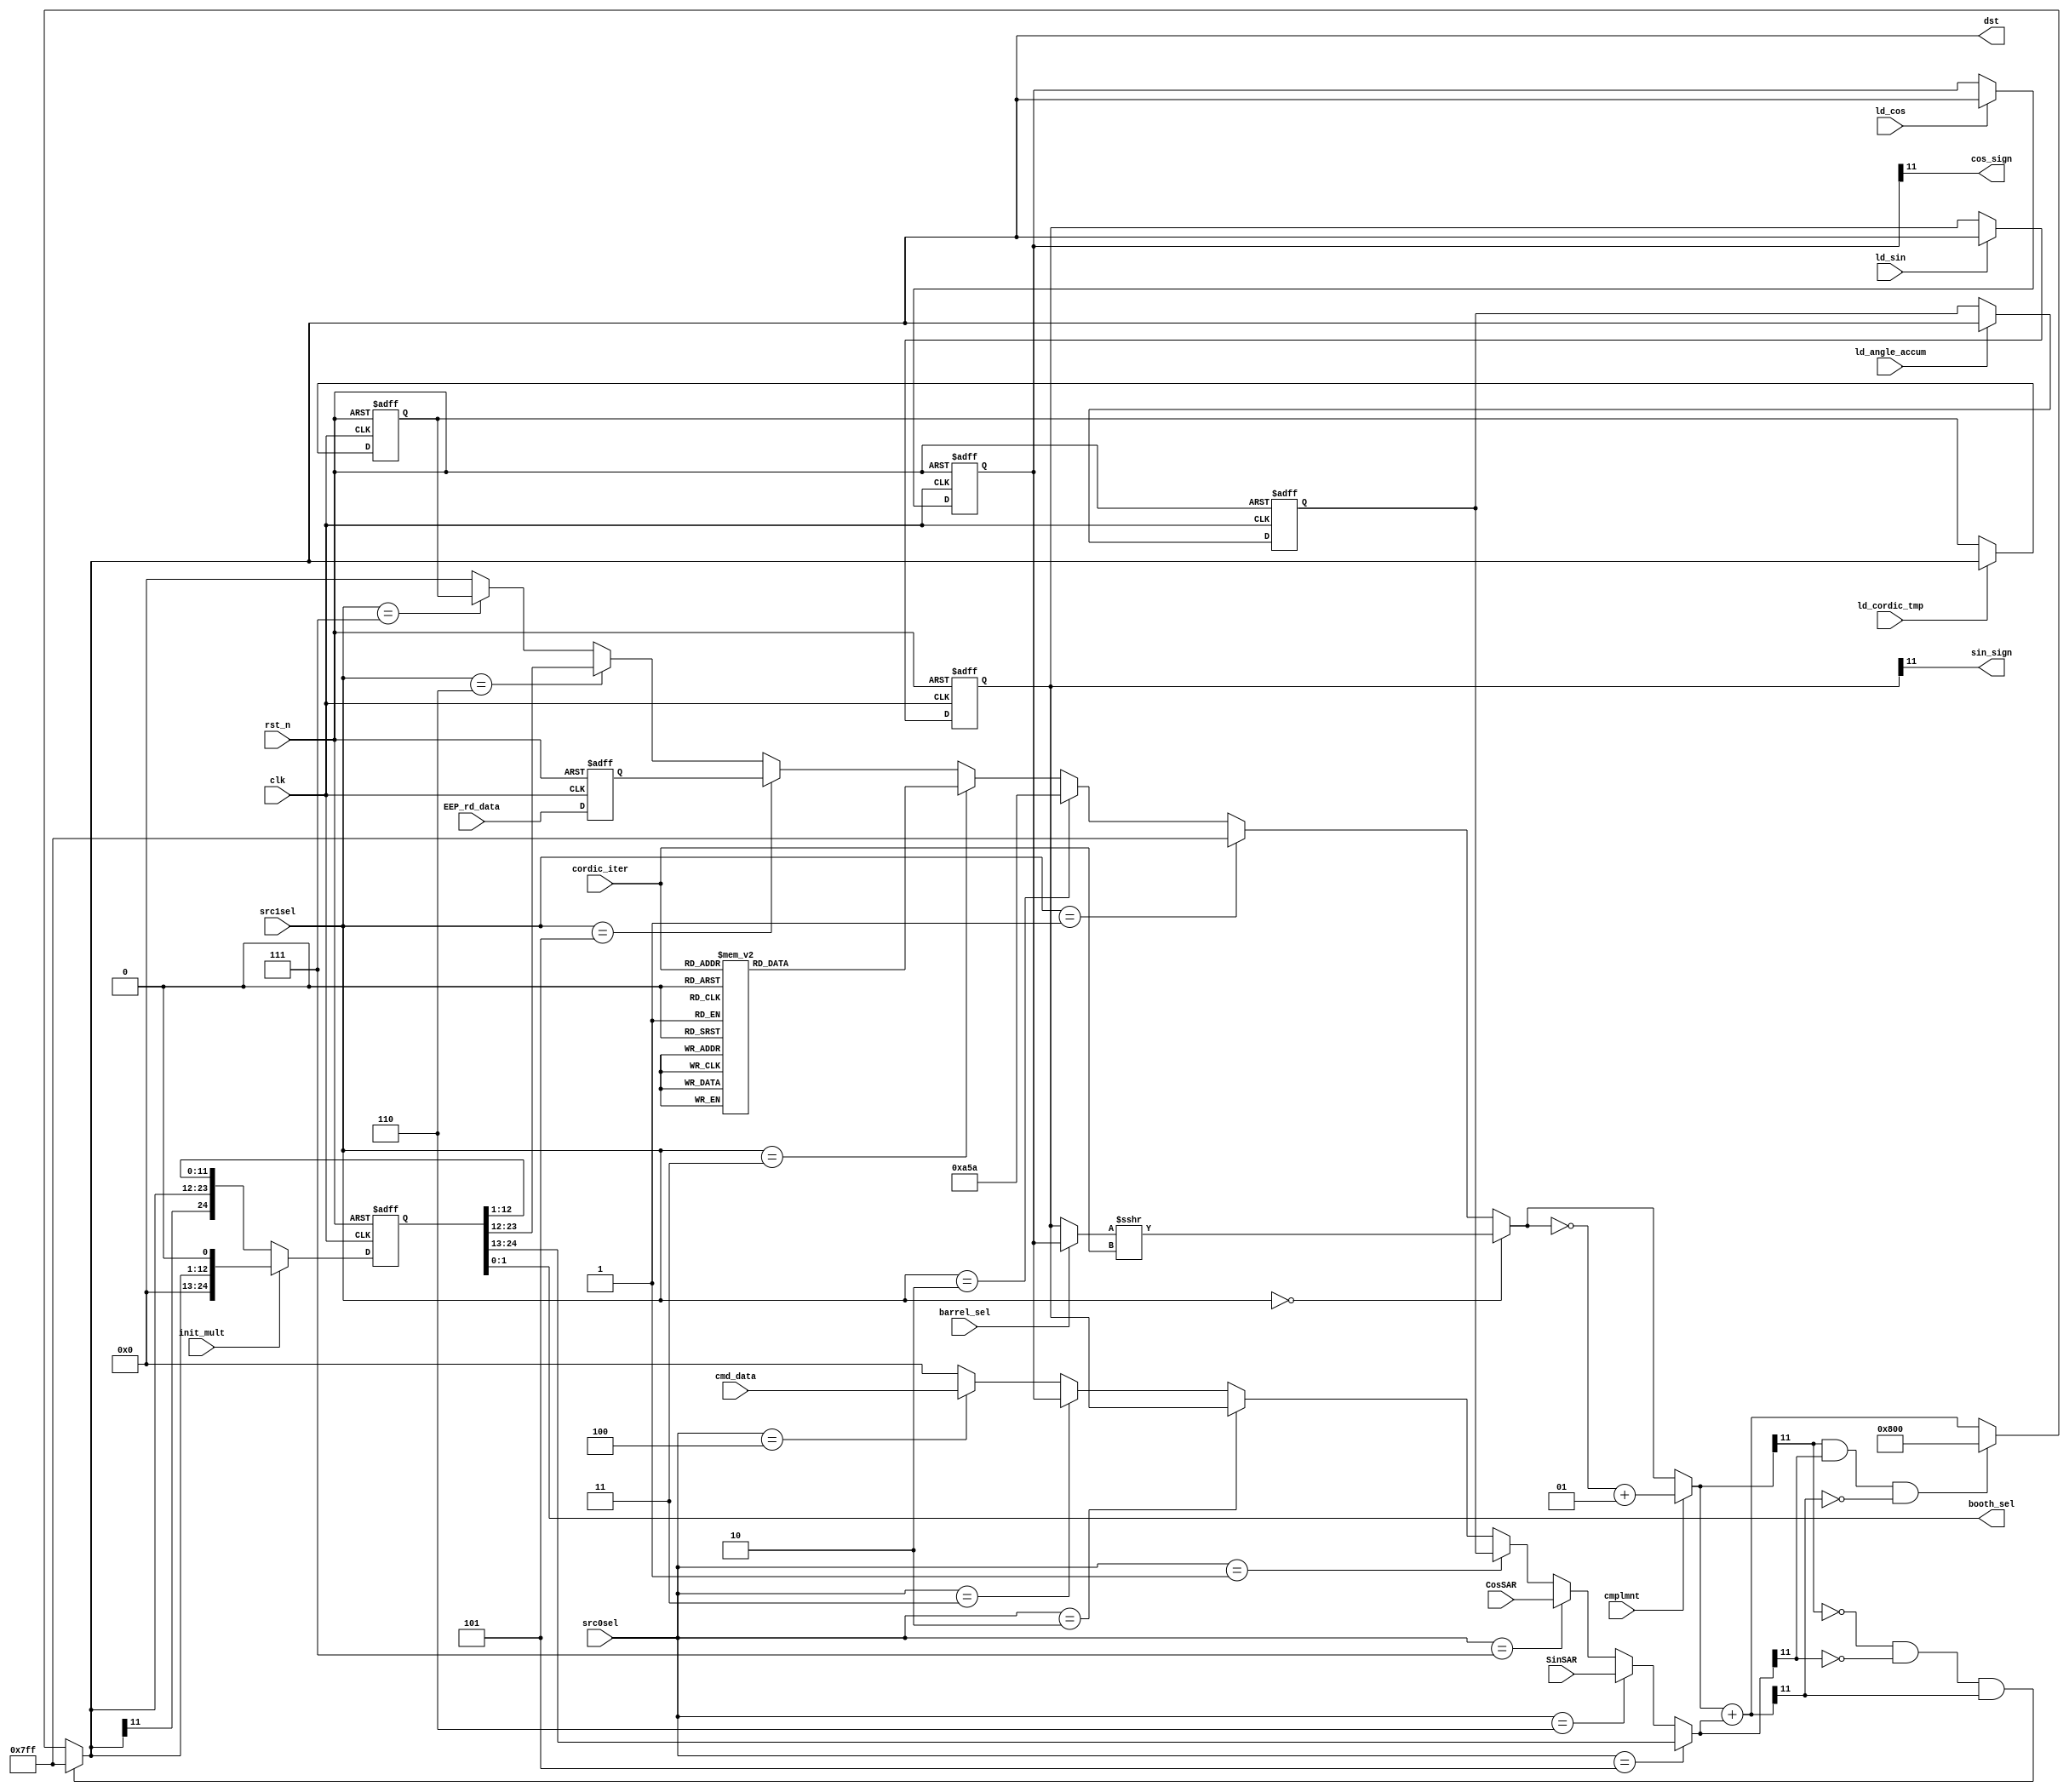
/////////////////////////////////////
// inputs:
//		cmplmnt         -- for 2's complement
//		EEP_rd_data     -- input from eeprom, used for offset and gain
//		CosSAR          -- raw cosine from A2D_digital
//		SinSAR          -- raw sine from A2D_digital
//		ld_sin/cos      -- Loads dst into SinSAR/CosSAR, respectively
//		src1sel         -- selects the src 1 mux feeding into the ALU
//		src0sel         -- selects the src 2 mux
//		init_mult       -- loads the p_reg so it's ready for booth algorithm
//		cmd_data        -- input from the SPI
//		cordic_iter     -- Cordic iteration, used to index the arctan constant table and set the barrel shift amount
//		barrel_sel      -- Source select for the barrel shifter. 1 for cosine, 0 for sine
//		ld_angle_accum  -- Loads dst into angle_accum
//		ld_cordic_tmp   -- Loads dst into the CORDIC temporary register
//
// outputs:
//		booth_sel   -- the two msbs of p_reg. used to determine if the booth alg should add, sub or do nothing
//		cos_sign    -- Sign bit of cosCorr
//		sin_sign    -- Sign bit of sinCorr
//		dst         -- output from the ALU
/////////////////////////////////////

// TODO: Put these in some rational order
module datapath(clk, rst_n, cmplmnt, EEP_rd_data, CosSAR, SinSAR, dst,
	ld_cos, ld_sin, src1sel, src0sel, init_mult, booth_sel, cmd_data,
	cordic_iter, barrel_sel, ld_angle_accum, ld_cordic_tmp,
	cos_sign, sin_sign);

	// TODO: Reorganize these params?
	reg [24:0] p_reg;//Register used for booth

	input [11:0] cmd_data;
	input clk, rst_n;
	input cmplmnt;
	input ld_sin, ld_cos;
	input init_mult;

	// TODO: Should EEP_rd_data be unsigned?
	// TODO: Double check on the implications of "signed".
	//       Can a signed value feed an unsigned reg, etc?
	input signed [11:0] EEP_rd_data, CosSAR, SinSAR;

	input [2:0] src1sel, src0sel;

	input [3:0] cordic_iter;
	input barrel_sel;
	input ld_angle_accum;
	input ld_cordic_tmp;

	output [11:0] dst;
	output [1:0] booth_sel;
	output cos_sign, sin_sign;
	assign booth_sel = p_reg[1:0];

	// src decoding for ALU muxes //

	localparam SRC0_ZERO = 0;
	localparam SRC0_ANGLE_ACCUM = 1;
	localparam SRC0_SIN_CORR = 2;
	localparam SRC0_COS_CORR = 3;
	localparam SRC0_CMD_DATA = 4;
	localparam SRC0_PREG = 5;
	localparam SRC0_SIN_SAR = 6;
	localparam SRC0_COS_SAR = 7;

	localparam SRC1_BARREL = 0;
	localparam SRC1_7FF = 1;
	localparam SRC1_A5A = 2;
	localparam SRC1_TAN_TABLE = 3;
	localparam SRC1_ZERO = 4;
	localparam SRC1_EEP_DATA = 5;
	localparam SRC1_PREG_RES = 6;
	localparam SRC1_CORDIC_TMP = 7;

	///////////////
	// Registers //
	///////////////
	reg signed [11:0] tmpEEP;
	reg signed [11:0] sinCorr;
	reg signed [11:0] cosCorr;

	assign cos_sign = cosCorr[11];
	assign sin_sign = sinCorr[11];

	reg signed [11:0] angleAccum;

	reg signed [11:0] temp; // Holds values during a swap in CORDIC

	always@(posedge clk, negedge rst_n)
		if(!rst_n)
			sinCorr <= 0;
		else if (ld_sin)
			sinCorr <= dst;

	always@(posedge clk, negedge rst_n)
		if(!rst_n)
			cosCorr <= 0;
		else if (ld_cos)
			cosCorr <= dst;

	always@(posedge clk, negedge rst_n)
		if(!rst_n)
			angleAccum <= 0;
		else if (ld_angle_accum)
			angleAccum <= dst;

	always@(posedge clk, negedge rst_n)
		if(!rst_n)
			temp <= 0;
		else if (ld_cordic_tmp)
			temp <= dst;

	// Temp reg for an eeprom read
	always@(posedge clk, negedge rst_n)
		if(!rst_n)
			tmpEEP <= 0;
		else
			tmpEEP <= EEP_rd_data;

	

	////////////////
	// CORDIC ALG //
	////////////////
	wire signed [11:0] barrel;
	assign barrel = (barrel_sel ? cosCorr : sinCorr) >>> cordic_iter;

	// Arctangent lookup table
	reg signed [11:0] atTable;
	always@(cordic_iter) begin
		case (cordic_iter)
			0:  atTable = 12'h200;
			1:  atTable = 12'h12E;
			2:  atTable = 12'h0A0;
			3:  atTable = 12'h051;
			4:  atTable = 12'h029;
			5:  atTable = 12'h014;
			6:  atTable = 12'h00A;
			7:  atTable = 12'h005;
			8:  atTable = 12'h003;
			9:  atTable = 12'h001;
			10: atTable = 12'h001;
			default: atTable = 12'h000;
		endcase
	end

	/////////////////////
	// BOOTH ALGORITHM //
	/////////////////////
	always@(posedge clk, negedge rst_n)
		if(!rst_n)
			p_reg <= 0;
		else if(init_mult)
			p_reg <= {{12{1'b0}},{dst,1'b0}};
		else
			p_reg <= {dst[11], dst[11:0], p_reg[12:1]};

	///////////////
	// ALU ////////
	///////////////

	wire signed [11:0] src1i; //src1 before we consider to take 2's cmplmnt
	// src1 mux //
	assign src1i =
					(src1sel == SRC1_BARREL)     ? barrel :
					(src1sel == SRC1_7FF)        ? 12'h7FF :
					(src1sel == SRC1_A5A)        ? 12'hA5A :
					(src1sel == SRC1_TAN_TABLE)  ? atTable :
					(src1sel == SRC1_EEP_DATA)   ? tmpEEP :
					(src1sel == SRC1_PREG_RES)   ? p_reg[23:12] :
					(src1sel == SRC1_CORDIC_TMP) ? temp :
					12'b0; //zero
	wire signed [11:0] src0;
	// src0 mux //
	assign src0 =
					(src0sel == SRC0_PREG)       ? p_reg[24:13] :
					(src0sel == SRC0_SIN_SAR)    ? SinSAR :
					(src0sel == SRC0_COS_SAR)    ? CosSAR :
					(src0sel == SRC0_ANGLE_ACCUM)? angleAccum :
					(src0sel == SRC0_SIN_CORR)   ? sinCorr :
					(src0sel == SRC0_COS_CORR)   ? cosCorr :
					(src0sel == SRC0_CMD_DATA)   ? cmd_data :
					12'b0;


	wire signed [11:0] src1 = cmplmnt ? ~src1i + 1 : src1i;
	//The adder:
	wire signed [11:0] sat = src1 + src0;
	//Saturation logic:
	assign dst =	~src1[11] & ~src0[11] & sat[11] ? 12'h7FF :	//if two positve numbers add to a negative
					src1[11] & src0[11] & ~sat[11] ? 12'h800 :	//if two negative numbers add to positive
					sat;														//default
	// -------- endmodule ALU --------- //

endmodule